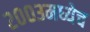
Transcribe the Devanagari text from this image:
२००३मध्येच